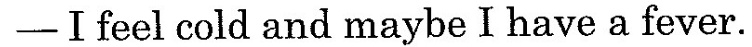
-I feel cold and maybe I have a fever.